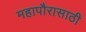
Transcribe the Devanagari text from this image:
महापौरासाठी